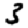
Digit: 3